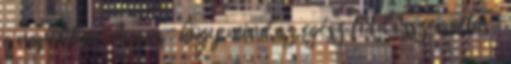
a napokban, Augus− hogy mind az egész föld összeirattas−